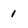
Character: 1